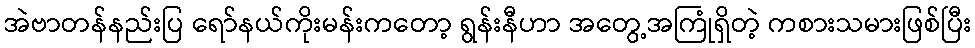
အဲဗာတန်နည်းပြ ရော်နယ်ကိုးမန်းကတော့ ရွန်းနီဟာ အတွေ့အကြုံရှိတဲ့ ကစားသမားဖြစ်ပြီး